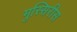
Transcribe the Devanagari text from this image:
मुस्सिरीस